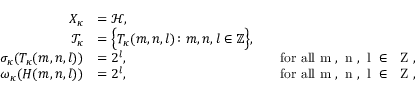
\begin{array} { r l r l } { X _ { \kappa } } & { = \mathcal { H } , } \\ { \mathcal { T } _ { \kappa } } & { = \Big \{ T _ { \kappa } ( m , n , l ) \colon m , n , l \in { \mathbb Z } \Big \} , } \\ { \sigma _ { \kappa } ( T _ { \kappa } ( m , n , l ) ) } & { = 2 ^ { l } , } & & { \mathrm { f o r ~ a l l ~ m ~ , ~ n ~ , ~ l ~ \in ~ { \mathbb ~ Z } ~ , } } \\ { \omega _ { \kappa } ( H ( m , n , l ) ) } & { = 2 ^ { l } , } & & { \mathrm { f o r ~ a l l ~ m ~ , ~ n ~ , ~ l ~ \in ~ { \mathbb ~ Z } ~ , } } \end{array}